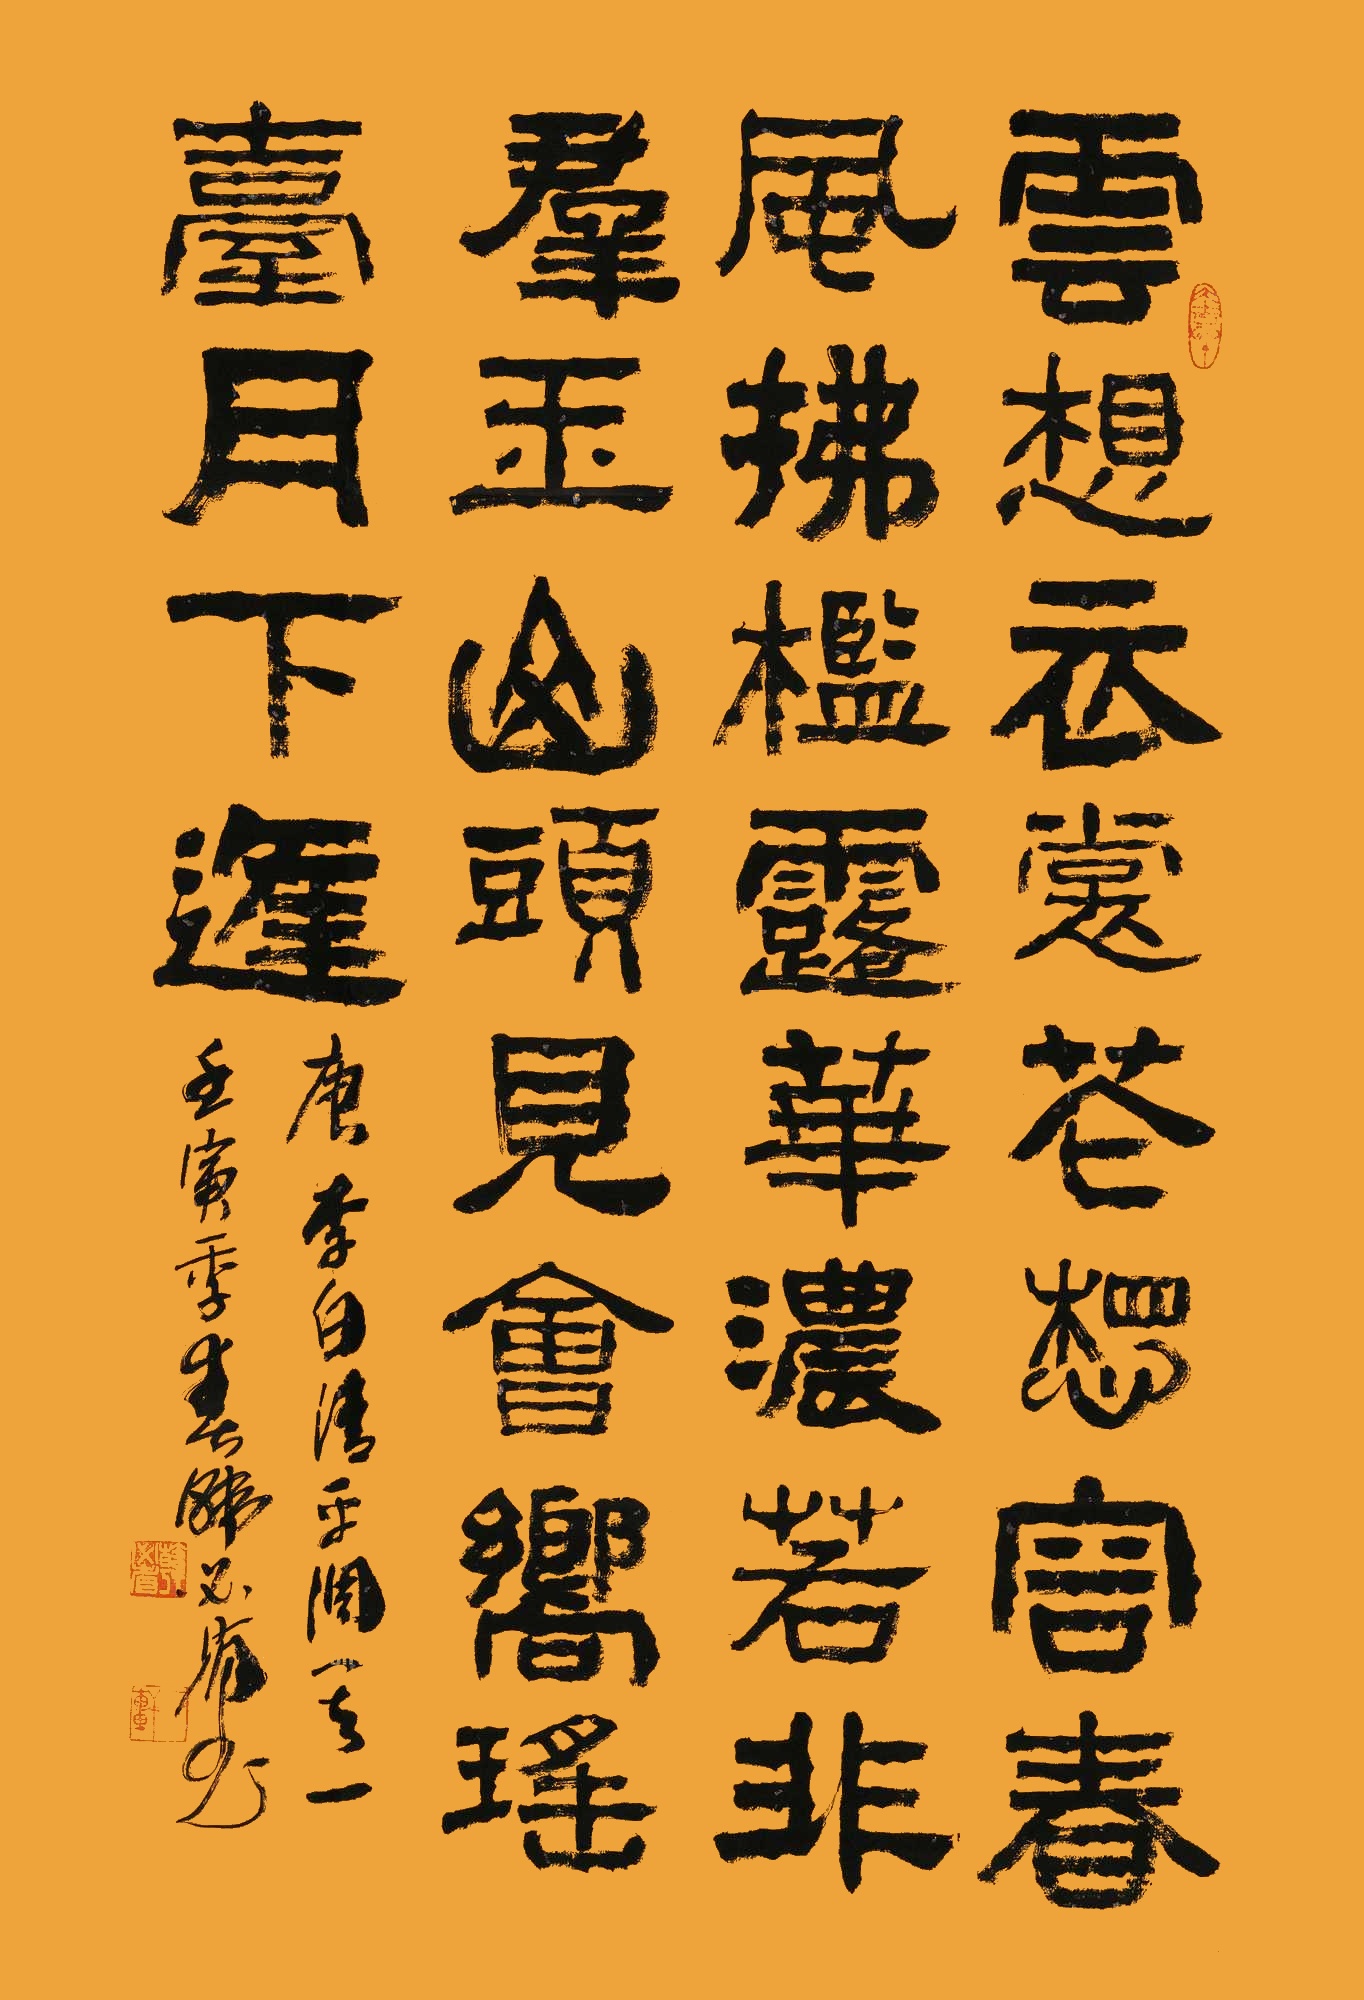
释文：云想衣裳花想容，春风拂槛露华浓。若非群玉山头见，会向瑶台月下逢。唐李白《清平调·其一》。壬寅年春，韩必省书。